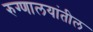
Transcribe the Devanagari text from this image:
रुग्णालयांतील